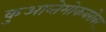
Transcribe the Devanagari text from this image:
कुआव्तेमोकबरोबर